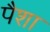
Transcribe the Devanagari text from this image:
पैशा